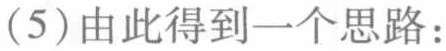
(5)由此得到一个思路：